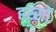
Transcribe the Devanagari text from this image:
हस्सों